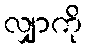
လျှာကို